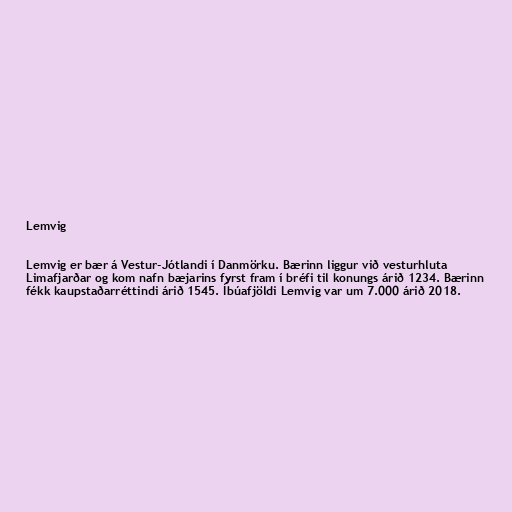
Lemvig

Lemvig er bær á Vestur-Jótlandi í Danmörku. Bærinn liggur við vesturhluta
Limafjarðar og kom nafn bæjarins fyrst fram í bréfi til konungs árið 1234. Bærinn
fékk kaupstaðarréttindi árið 1545. Íbúafjöldi Lemvig var um 7.000 árið 2018.